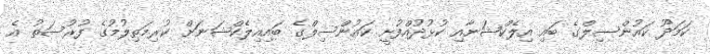
ކަމަދޫ ކައުންސިލްގެ ބައި އިލެކްޝަނާއި ކުޅުދުއްފުށީ ކައުންސިލްގެ ބައިއިލެކްޝަނަށް ކުރިމަތިލުމުގެ ފުރުސަތު އެ